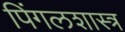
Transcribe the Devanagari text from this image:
पिंगलशास्त्र